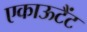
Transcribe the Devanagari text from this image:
एकाऊटैंट